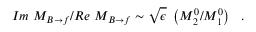
{ \cal I } m ~ { \cal { M } } _ { B \to f } / { \cal R } e ~ { \cal { M } } _ { B \to f } \sim \sqrt { \epsilon } ~ \left( { \cal { M } } _ { 2 } ^ { 0 } / { \cal { M } } _ { 1 } ^ { 0 } \right) \ \ .